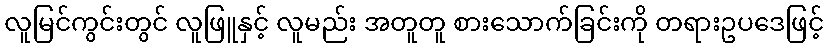
လူမြင်ကွင်းတွင် လူဖြူနှင့် လူမည်း အတူတူ စားသောက်ခြင်းကို တရားဥပဒေဖြင့်